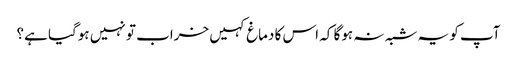
آپ کو یہ شبہ نہ ہوگا کہ اس کا دماغ کہیں خراب تو نہیں ہوگیا ہے؟